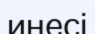
инесі